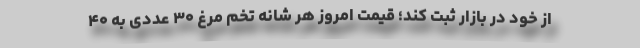
از خود در بازار ثبت کند؛ قیمت امروز هر شانه تخم مرغ ۳۰ عددی به ۴۰